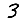
Digit: 3